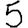
Digit: 5